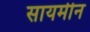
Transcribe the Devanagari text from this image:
सायमीन